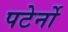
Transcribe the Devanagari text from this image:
पटेर्नो